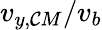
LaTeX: v_{y,\mathcal{C}M}/v_{b}